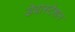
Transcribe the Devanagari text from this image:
डेवास्टेशन